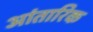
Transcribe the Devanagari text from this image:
आंतारिक